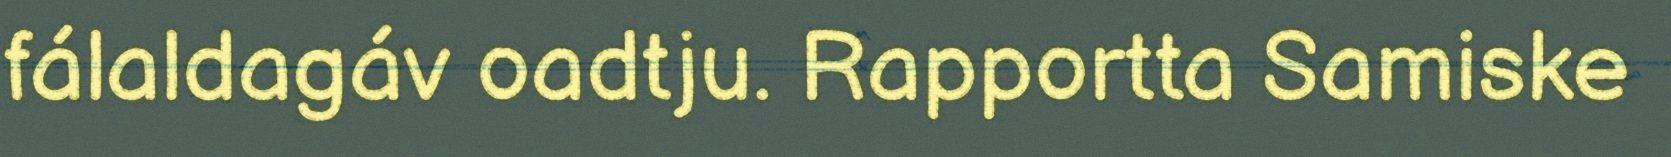
fálaldagáv oadtju. Rapportta Samiske